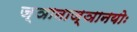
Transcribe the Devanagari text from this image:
ज्ञानाज्ञानयोः